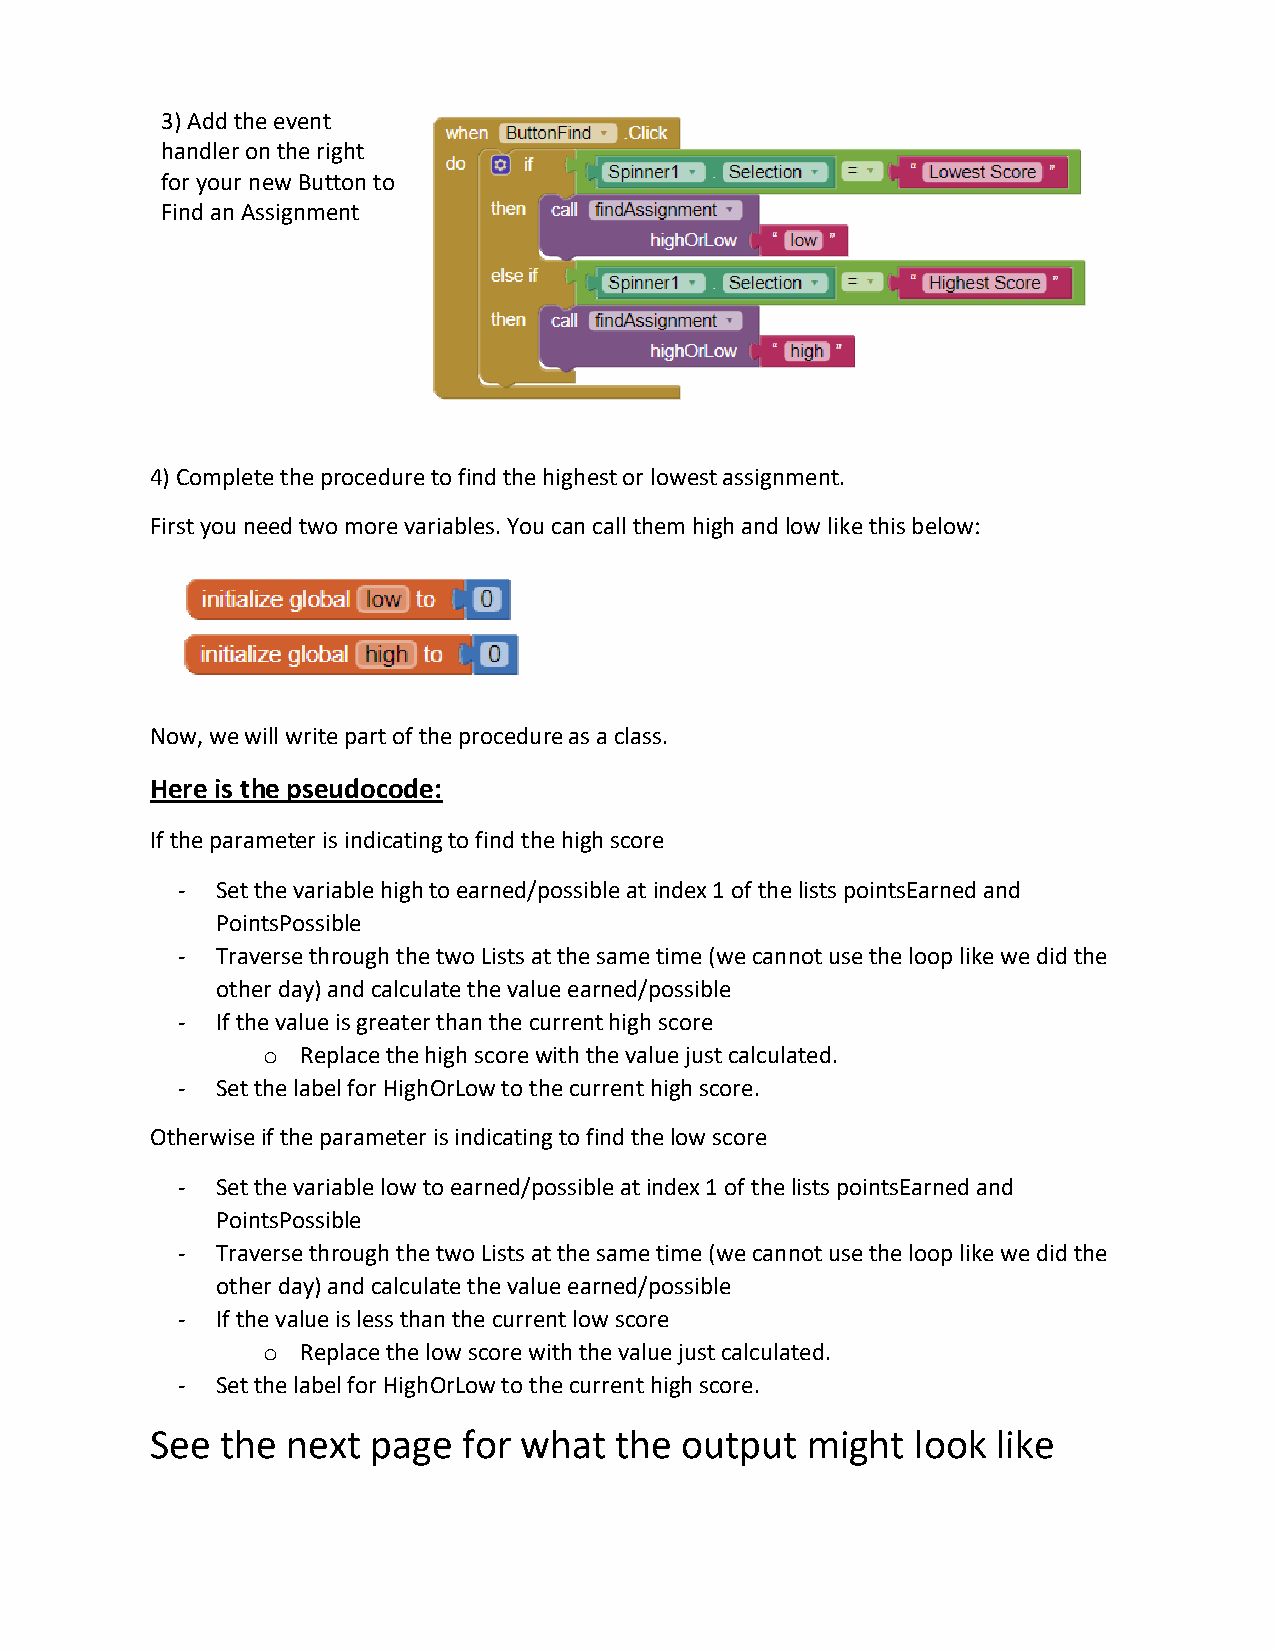
3) Add the event
 handler on the right
 for your new Button to
 Find an Assignment
 4) Complete the procedure to find the highest or lowest assignment.
 First you need two more variables. You can call them high and low like this below:
 Now, we will write part of the procedure as a class.
 Here is the pseudocode:
 If the parameter is indicating to find the high score
 - Set the variable high to earned/possible at index 1 of the lists pointsEarned and
 PointsPossible
 - Traverse through the two Lists at the same time (we cannot use the loop like we did the
 other day) and calculate the value earned/possible
 - If the value is greater than the current high score
 o  Replace the high score with the value just calculated.
 - Set the label for HighOrLow to the current high score.
 Otherwise if the parameter is indicating to find the low score
 - Set the variable low to earned/possible at index 1 of the lists pointsEarned and
 PointsPossible
 - Traverse through the two Lists at the same time (we cannot use the loop like we did the
 other day) and calculate the value earned/possible
 - If the value is less than the current low score
 o  Replace the low score with the value just calculated.
 - Set the label for HighOrLow to the current high score.
 See  the next  page  for what  the output  might   look like